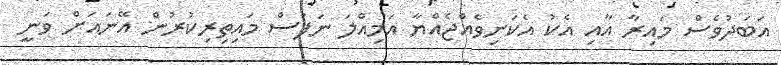
އަބަދުވެސް މައިރާ އާއި އެކު އެކަނިވެއްޖެއްޔާ އަމިއްލަ ނަފުސް މައިތިރިކުރުން އޭނައަށް ވަނީ